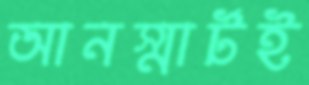
আনস্মার্টই